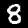
Digit: 8